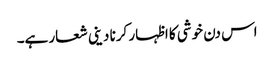
اس دن خوشی کا اظہار کرنا دینی شعار ہے۔